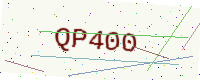
Text: QP400